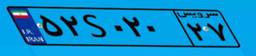
۴۹S۸۲۵۸۸